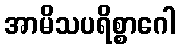
အာမိသပရိစ္စာဂေါ